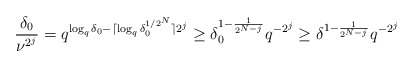
\begin{align*}\frac{\delta_0}{\nu^{2^j}} = q^{\log_{q}\delta_0 - \lceil \log_{q}\delta_{0}^{1/2^N}\rceil 2^{j}} \geq \delta_{0}^{1 - \frac{1}{2^{N - j}}}q^{-2^j} \geq \delta^{1 - \frac{1}{2^{N - j}}}q^{-2^j}\end{align*}